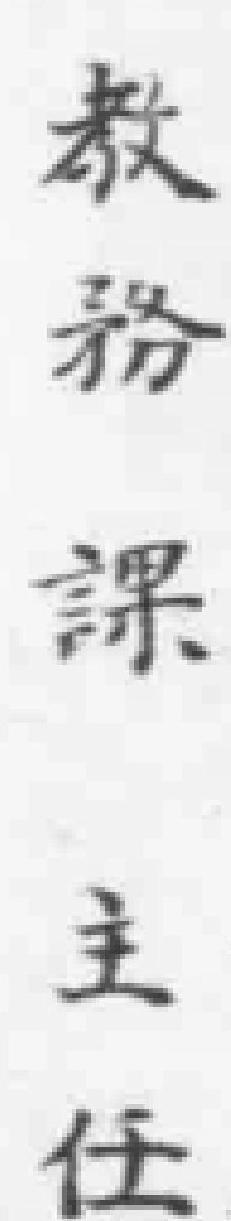
教務課主任